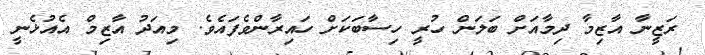
ރަޒީނާ އާޒިމާ ދިމާއަށް ބަލަން ހުރީ ހިސާބަކަށް ހައިރާންވެފައެވެ. މިއަދު އާޒިމް އެއުޅެނީ